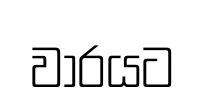
වාරයට